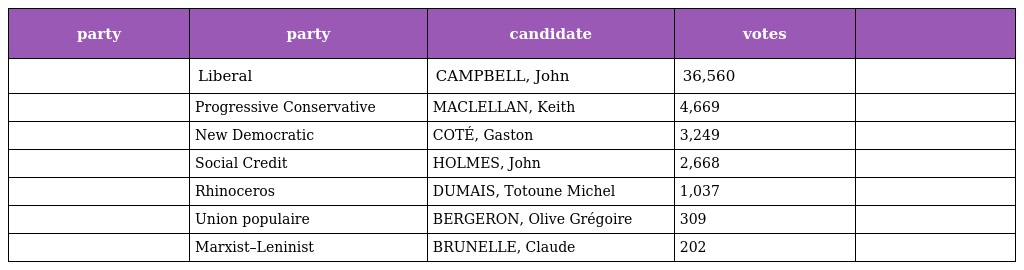
| party | party | candidate | votes |  |
 | --- | --- | --- | --- | --- |
 |  | Liberal | CAMPBELL, John | 36,560 |  |
 |  | Progressive Conservative | MACLELLAN, Keith | 4,669 |  |
 |  | New Democratic | COTÉ, Gaston | 3,249 |  |
 |  | Social Credit | HOLMES, John | 2,668 |  |
 |  | Rhinoceros | DUMAIS, Totoune Michel | 1,037 |  |
 |  | Union populaire | BERGERON, Olive Grégoire | 309 |  |
 |  | Marxist–Leninist | BRUNELLE, Claude | 202 |  |